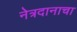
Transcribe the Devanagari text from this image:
नेत्रदानाचा